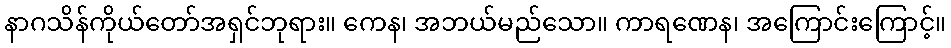
နာဂသိန်ကိုယ်တော်အရှင်ဘုရား။ ကေန၊ အဘယ်မည်သော။ ကာရဏေန၊ အကြောင်းကြောင့်။